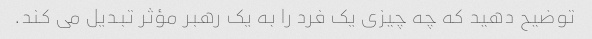
توضیح دهید که چه چیزی یک فرد را به یک رهبر مؤثر تبدیل می کند.